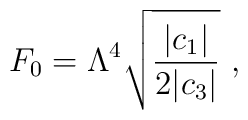
F_0 = \Lambda^4 \sqrt{\frac{|c_1|}{2 |c_3|}}\ ,